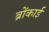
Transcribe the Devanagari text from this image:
ब्रोंकाई